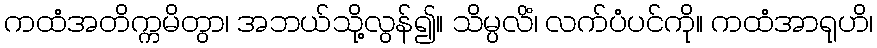
ကထံအတိက္ကမိတွာ၊ အဘယ်သို့လွန်၍။ သိမ္ပလိံ၊ လက်ပံပင်ကို။ ကထံအာရုဟိ၊